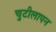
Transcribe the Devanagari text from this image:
चुटीलापन